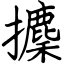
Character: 攈